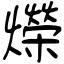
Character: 爃